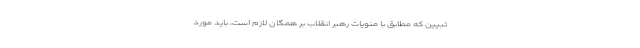
تبیین که مطابق با منویات رهبر انقلاب بر همگان لازم است، باید مورد